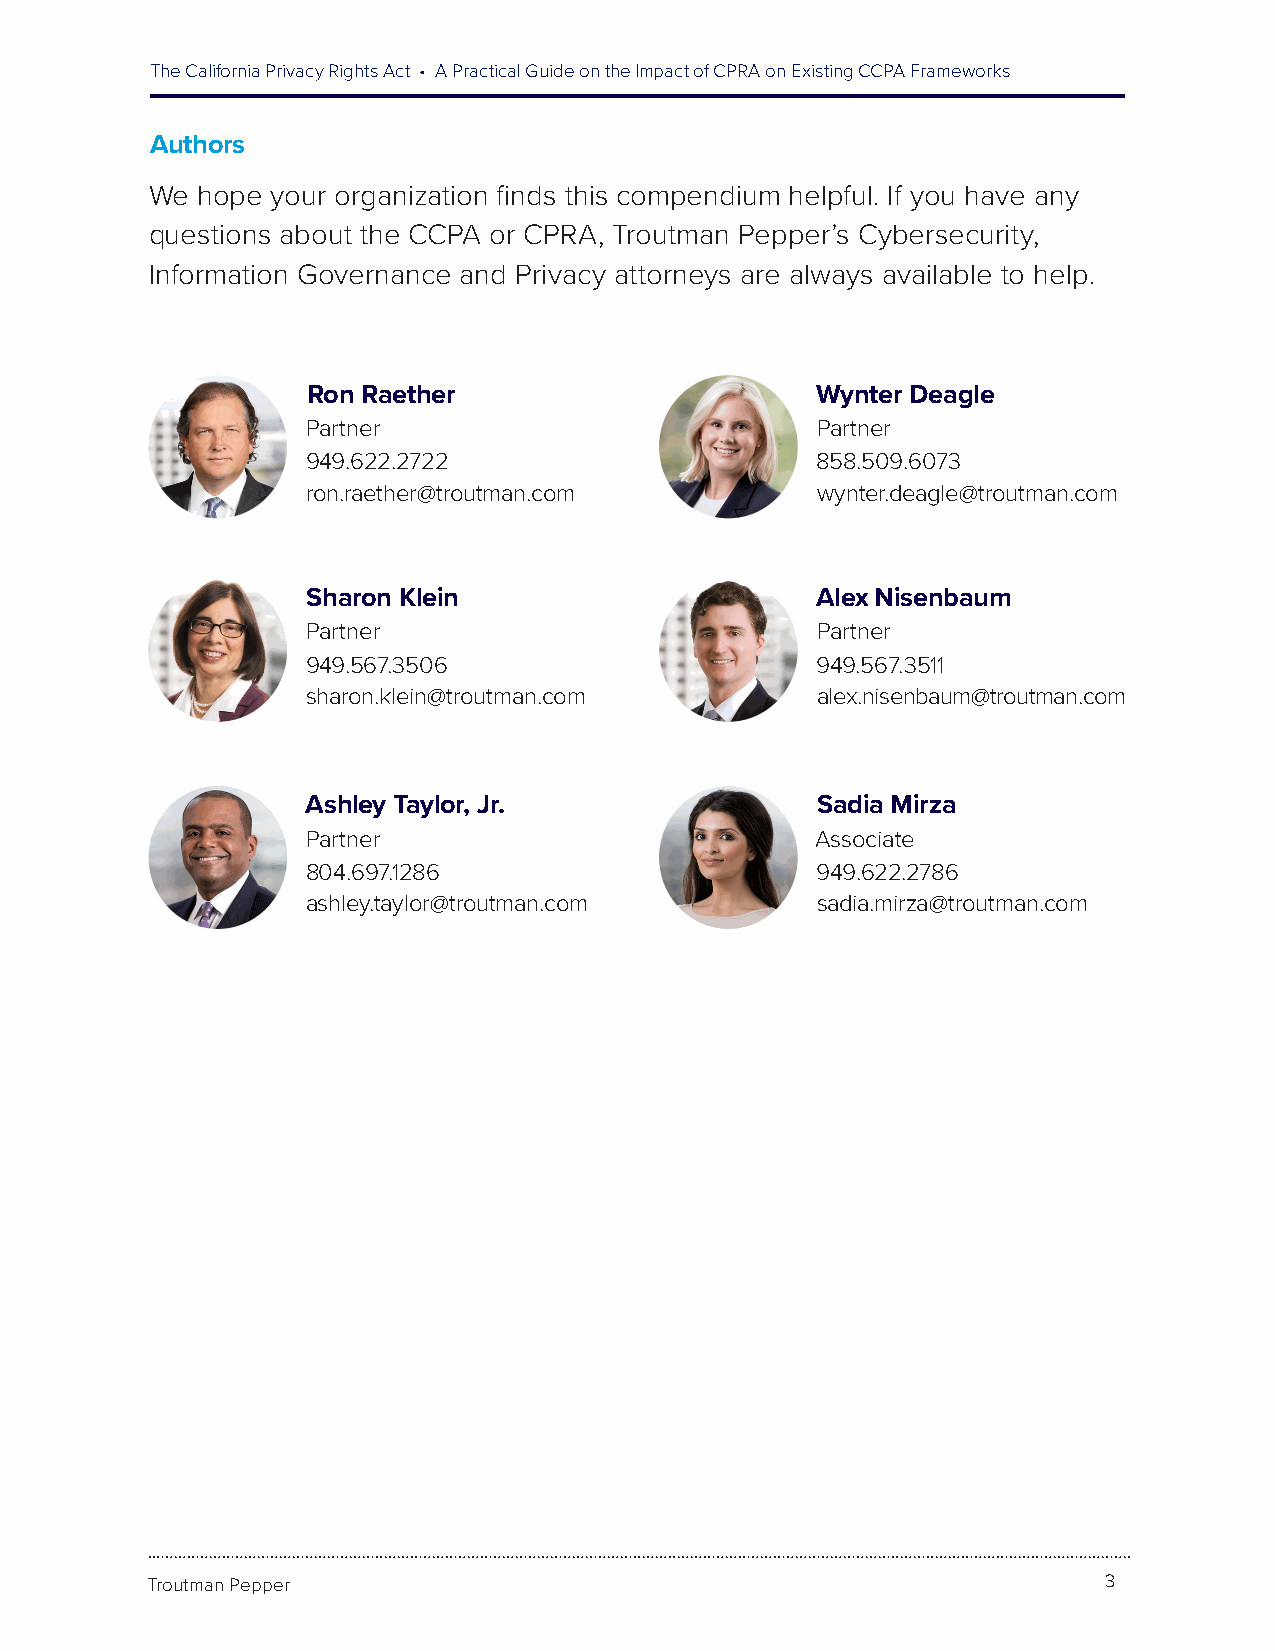
The California Privacy Rights Act • A Practical Guide on the Impact of CPRA on Existing CCPA Frameworks
 Authors
 We hope your organization finds this compendium helpful. If you have any
 questions about the CCPA or CPRA, Troutman Pepper’s Cybersecurity,
 Information Governance and Privacy attorneys are always available to help.
 Ron Raether                       Wynter Deagle
 Partner                           Partner
 949.622.2722                      858.509.6073
 ron.raether@troutman.com          wynter.deagle@troutman.com
 Sharon Klein                      Alex Nisenbaum
 Partner                           Partner
 949.567.3506                      949.567.3511
 sharon.klein@troutman.com         alex.nisenbaum@troutman.com
 Ashley Taylor, Jr                 Sadia Mirza
 Partner                           Associate
 804.697.1286                      949.622.2786
 ashley.taylor@troutman.com        sadia.mirza@troutman.com
 Troutman Pepper                                                3